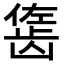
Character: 𬺇